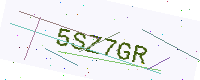
Text: 5SZ7GR